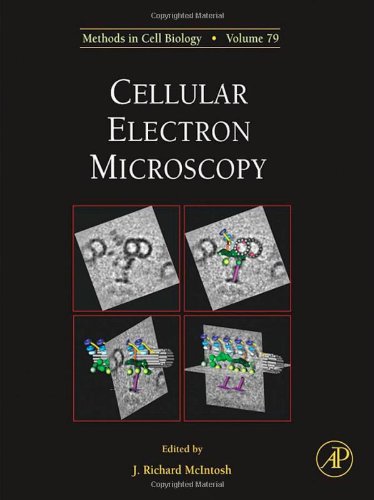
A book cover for Cellular Electron Microscopy, Volume 79 (Methods in Cell Biology); Science & Math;